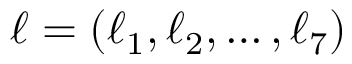
\boldsymbol { \ell } = ( \ell _ { 1 } , \ell _ { 2 } , \dots , \ell _ { 7 } )